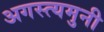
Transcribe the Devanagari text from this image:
अगस्त्यमुनी